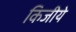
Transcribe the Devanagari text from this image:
किजीये